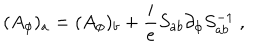
( A _ { \phi } ) _ { a } = ( A _ { \phi } ) _ { b } + \frac i e S _ { a b } \partial _ { \phi } S _ { a b } ^ { - 1 } \ ,